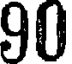
90